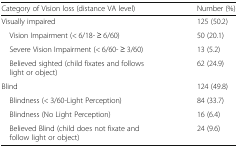
<table><thead><tr><td><b>Category of Vision loss (distance VA level)</b></td><td><b>Number (%)</b></td></tr></thead><tbody><tr><td>Visually impaired</td><td>125 (50.2)</td></tr><tr><td> Vision Impairment (&lt; 6/18- ≥ 6/60)</td><td>50 (20.1)</td></tr><tr><td> Severe Vision Impairment (&lt; 6/60- ≥ 3/60)</td><td>13 (5.2)</td></tr><tr><td> Believed sighted (child fixates and follows light or object)</td><td>62 (24.9)</td></tr><tr><td>Blind</td><td>124 (49.8)</td></tr><tr><td> Blindness (&lt; 3/60-Light Perception)</td><td>84 (33.7)</td></tr><tr><td> Blindness (No Light Perception)</td><td>16 (6.4)</td></tr><tr><td> Believed Blind (child does not fixate and follow light or object)</td><td>24 (9.6)</td></tr></tbody></table>